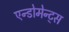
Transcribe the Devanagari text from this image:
एन्डोमेन्ट्‌स